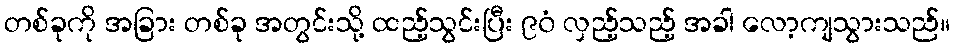
တစ်ခုကို အခြား တစ်ခု အတွင်းသို့ ထည့်သွင်းပြီး ၉၀ံ လှည့်သည့် အခါ လော့ကျသွားသည်။